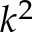
k ^ { 2 }